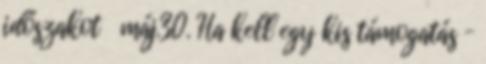
időszakot máj.30. Ha kell egy kis támogatás –